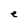
Character: e